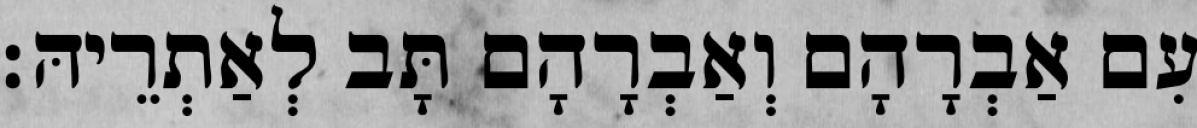
עִם אַבְרָהָם וְאַבְרָהָם תָּב לְאַתְרֵיהּ׃